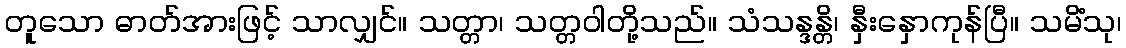
တူသော ဓာတ်အားဖြင့် သာလျှင်။ သတ္တာ၊ သတ္တဝါတို့သည်။ သံသန္ဒန္တိ၊ နှီးနှောကုန်ပြီ။ သမိံသု၊